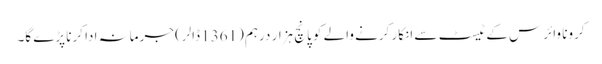
کرونا وائرس کے ٹیسٹ سے انکار کرنے والے کو پانچ ہزار درہم (1361 ڈالر) جرمانہ ادا کرنا پڑے گا۔